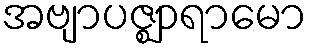
အဗျာပဇ္ဈာရာမော